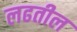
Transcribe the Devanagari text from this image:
लढतील